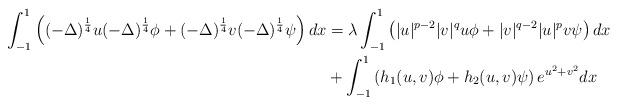
LaTeX: \begin{align*}\int_{-1}^{1} \left((-\Delta)^{\frac{1}{4}} u (-\Delta)^{\frac{1}{4}}\phi + (-\Delta)^{\frac{1}{4}} v (-\Delta)^{\frac{1}{4}}\psi\right)dx &= \lambda \int_{-1}^{1}\left( |u|^{p-2}|v|^{q}u\phi+|v|^{q-2}|u|^{p}v \psi\right) dx\\&+ \int_{-1}^{1}\left(h_1(u,v)\phi +h_2(u,v)\psi\right) e^{u^2+v^2}dx\end{align*}